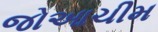
જોઆચીમ